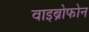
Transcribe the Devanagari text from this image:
वाइब्रोफोन